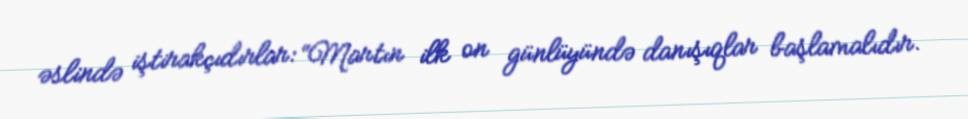
əslində iştirakçıdırlar: “Martın ilk on günlüyündə danışıqlar başlamalıdır.